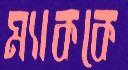
ম্যাককে